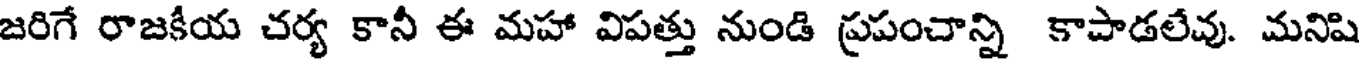
జరిగే రాజకీయ చర్య కానీ ఈ మహా విపత్తు నుండి ప్రపంచాన్ని కాపాడలేవు. మనిషి